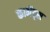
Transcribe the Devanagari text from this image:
कामेंट्स